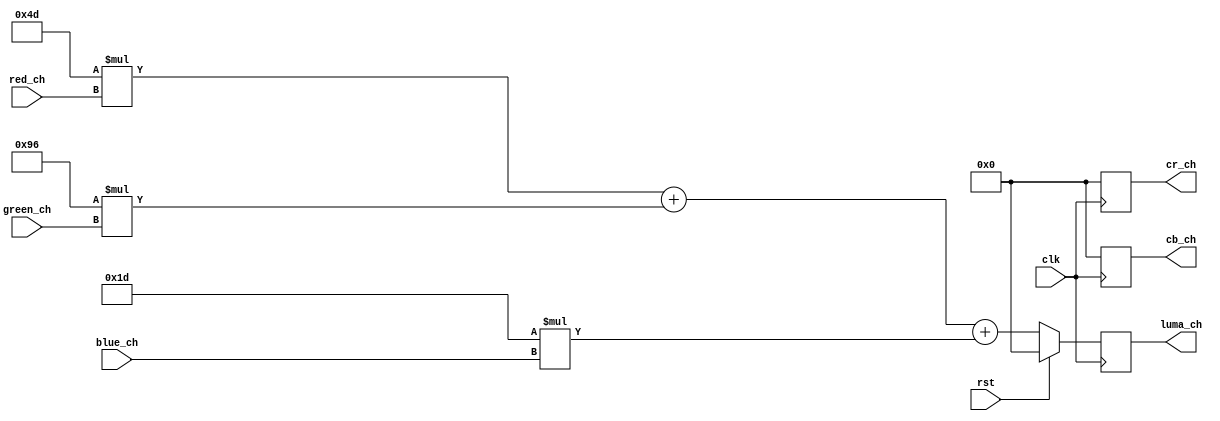
/* Author : Kai
   Software : iverilog
   License : LGPL
*/
   
module RGBtoYCbCr(red_ch, green_ch, blue_ch,
		  luma_ch, cb_ch, cr_ch,
		  clk, rst);
   // inputs: R,G,B are 8 bit values with 0~255 range
   // outputs: Y, Cb, Cr is a 8 bit number, range 0~255

   input rst;
   input clk;
   input [7:0] red_ch;
   input [7:0] green_ch;
   input [7:0] blue_ch;

   output [7:0] luma_ch;
   output [7:0] cb_ch;
   output [7:0] cr_ch;
      
   reg [7:0] luma_ch;
   reg [7:0] cb_ch;
   reg [7:0] cr_ch;
   
   // Normalization coeffecients
   parameter NC_red = 77;
   parameter NC_blue = 29;
   parameter NC_green = 150;
   
   always @(posedge clk)
   begin: RGB_to_YCbCr
     if (rst) begin //active low reset
      luma_ch <= 0; // set all registers to 0 during reset
      cb_ch <= 0;
      cr_ch <= 0;
     end
     else begin
      luma_ch <= (NC_red*red_ch) + (NC_green*green_ch) + (NC_blue*blue_ch);
      cb_ch <= 0;
      cr_ch <= 0;
     end
   end // block: RGB_to_YCbCr
endmodule // RGBtoYCbCr